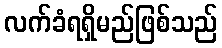
လက်ခံရရှိမည်ဖြစ်သည်